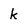
Character: k